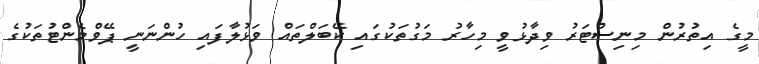
މީގެ އިތުރުން މިނިސްޓަރު ވިދާޅުވީ މިހާރު މަގުތަކުގައި ކޭބަލްތައް ވަޅުލާފައި ހުންނަނީ ޕޭވްމެންޓުތަކުގެ